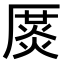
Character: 𠪛